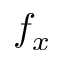
f _ { x }